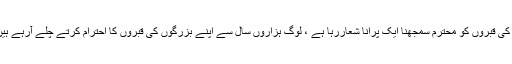
گذشتہ لوگوں کی قبروں کا احترام مخصوصا بزرگوں کی قبروں کو محترم سمجھنا ایک پرانا شعاررہا ہے ، لوگ ہزاروں سال سے اپنے بزرگوں کی قبروں کا احترام کرتے چلے آرہے ہیں کہ جس کے مفید آثار اور فلسفہ ظاہر و آشکار ہے ۔